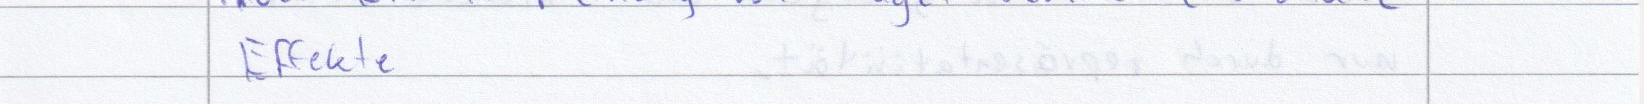
Effekte